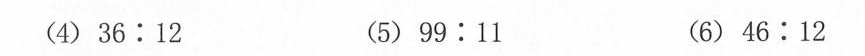
(4)$$3 6 : 1 2$$ (5)$$9 9 ： 1 1$$ (6)$$4 6 : 1 2$$